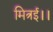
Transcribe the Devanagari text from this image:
मित्रई।।